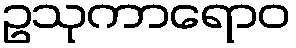
ဥသုကာရောဝ